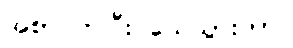
အစာငတ်ပြီး သေသွားတာ။